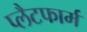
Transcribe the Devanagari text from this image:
प्‍लैटफार्म